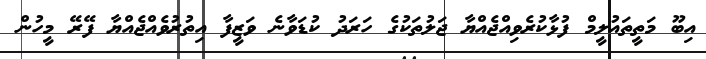
އިބޫ މަތީތައުލީމް ފުޅާކުރެވިއްޖެއްޔާ ޖަލުތަކުގެ ހަރަދު ކުޑަވާނެ ވަޒީފާ އިތުރުވެއްޖެއްޔާ ފޭރޭ މީހުން